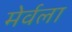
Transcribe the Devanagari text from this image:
मेर्वला